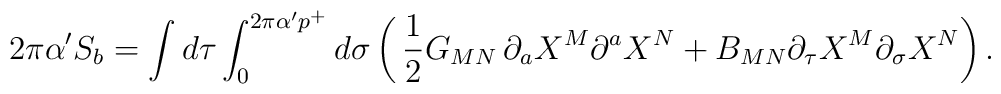
2\pi\alpha^{\prime}S_b=\int d\tau\int_0^{2\pi\alpha^{\prime}p^+}d\sigma\left(\,{1\over 2}G_{MN}\,\partial_aX^M\partial^aX^N+B_{MN}\partial_{\tau}X^M\partial_{\sigma}X^N\right).